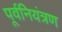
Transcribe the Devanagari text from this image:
पूर्वनियंत्रण